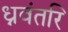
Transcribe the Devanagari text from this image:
ध्नवंतरि